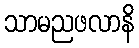
သာမညဖလာနိ